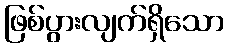
ဖြစ်ပွားလျက်ရှိသော